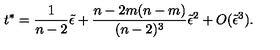
t ^ { \ast } = { \frac { 1 } { n - 2 } } \tilde { \epsilon } + { \frac { n - 2 m ( n - m ) } { ( n - 2 ) ^ { 3 } } } \tilde { \epsilon } ^ { 2 } + O ( \tilde { \epsilon } ^ { 3 } ) .